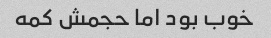
خوب بود اما حجمش کمه